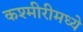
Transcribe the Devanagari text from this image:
कश्मीरीमध्ये